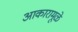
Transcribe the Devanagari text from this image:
आकारामूळे